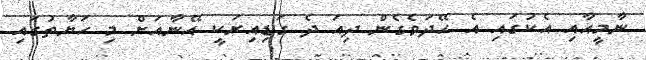
ނާމީއާއި އެކުގައި އެ ހޭދަވެގެން ދިއަ ދެ ގަޑިއިރަކީ އޭނާއަށް މި ހަޔާތުގައި